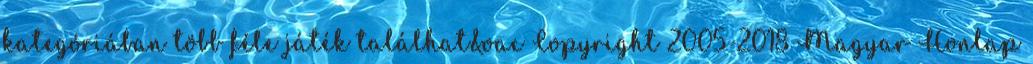
kategóriában több féle játék találhat&oac Copyright 2005-2018 Magyar Honlap